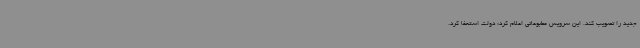
جدید را تصویب کند. این سرویس مطبوعاتی اعلام کرد: دولت استعفا کرد.